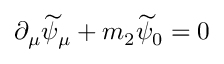
\partial _ { \mu } \widetilde { \psi } _ { \mu } + m _ { 2 } \widetilde { \psi } _ { 0 } = 0